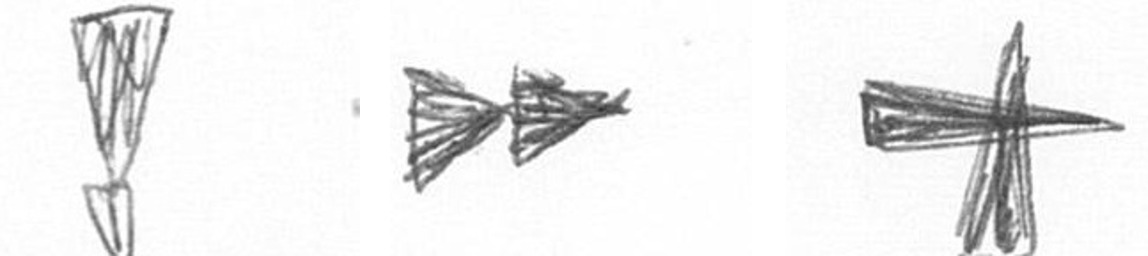
Z A G